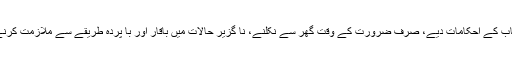
عورتوں کو ستر و حجاب کے احکامات دیے، صرف ضرورت کے وقت گھر سے نکلنے، نا گزیر حالات میں باقار اور با پردہ طریقے سے ملازمت کرنے کی اجازت دی گئی۔